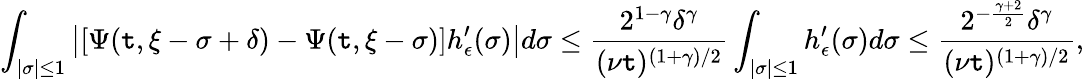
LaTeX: \int_{|\sigma|\leq1}\left|[\Psi(\mathtt{t},\xi-\sigma+\delta)-\Psi(\mathtt{t},\xi-\sigma)]h_{\epsilon}^{\prime}(\sigma)\right|d\sigma\leq\frac{{2^{1-\gamma}\delta^{\gamma}}}{{(\nu\mathtt{t})^{(1+\gamma)/2}}}\int_{|\sigma|\leq1}h_{\epsilon}^{\prime}(\sigma)d\sigma\leq\frac{{2^{-\frac{{\gamma+2}}{{2}}}\delta^{\gamma}}}{{(\nu\mathtt{t})^{(1+\gamma)/2}}},